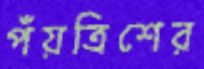
পঁয়ত্রিশের